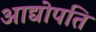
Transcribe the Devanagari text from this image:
आद्योपति